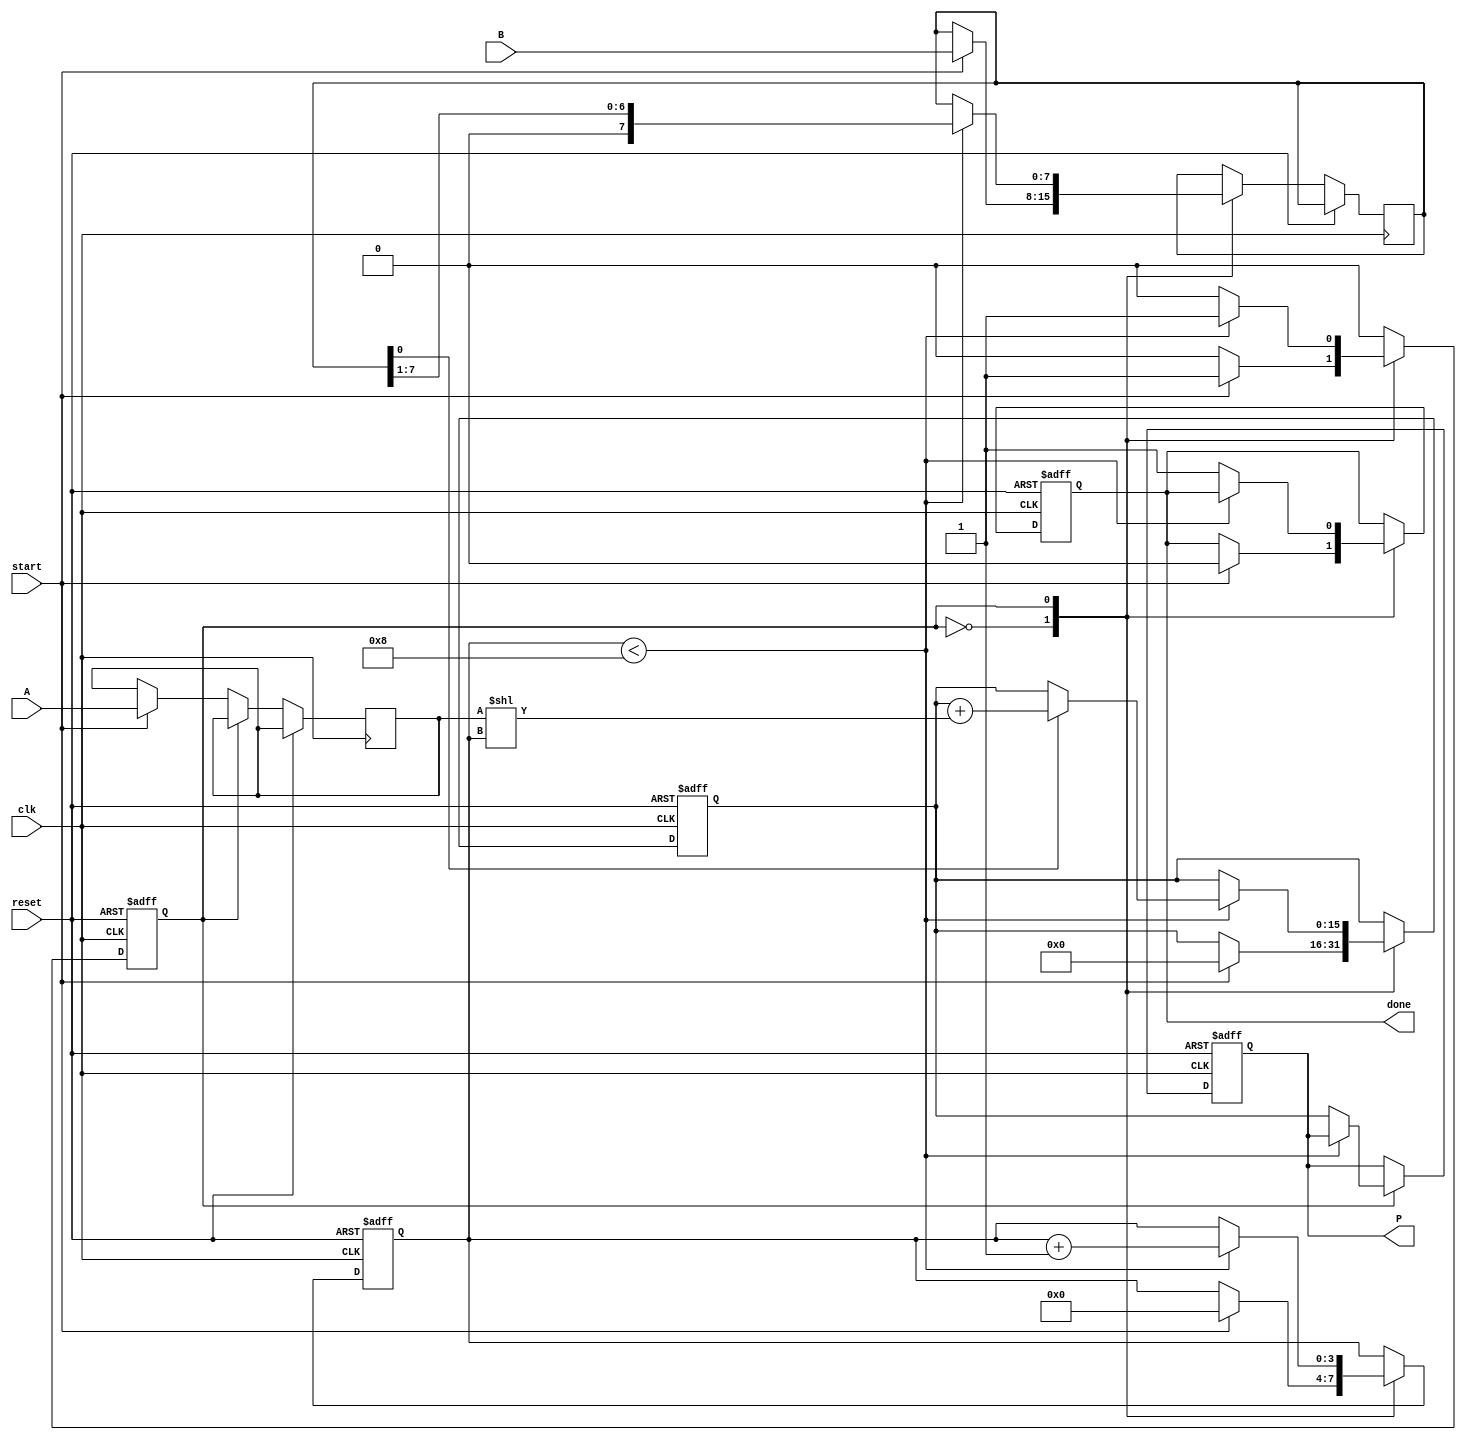
module radix2_multiplier #(parameter N = 8) (
    input wire [N-1:0] A,      // Multiplicand
    input wire [N-1:0] B,      // Multiplier
    input wire start,           // Start signal for multiplication
    input wire clk,             // Clock signal
    input wire reset,           // Reset signal
    output reg [2*N-1:0] P,     // Product output
    output reg done             // Done signal
);

    reg [N-1:0] multiplicand;
    reg [N-1:0] multiplier;
    reg [2*N-1:0] product;
    reg [3:0] count;            // Counter for the number of bits processed
    reg state;                  // State variable for FSM

    localparam IDLE = 1'b0;
    localparam RUN  = 1'b1;

    always @(posedge clk or posedge reset) begin
        if (reset) begin
            P <= 0;
            product <= 0;
            count <= 0;
            done <= 0;
            state <= IDLE;
        end else begin
            case (state)
                IDLE: begin
                    if (start) begin
                        multiplicand <= A;
                        multiplier <= B;
                        product <= 0;
                        count <= 0;
                        done <= 0;
                        state <= RUN;
                    end
                end

                RUN: begin
                    if (count < N) begin
                        if (multiplier[0] == 1) begin
                            product <= product + (multiplicand << count); // Add shifted multiplicand
                        end
                        multiplier <= multiplier >> 1; // Shift multiplier right
                        count <= count + 1; // Increment count
                    end else begin
                        P <= product; // Store final product
                        done <= 1;    // Set done signal
                        state <= IDLE; // Go back to IDLE state
                    end
                end
            endcase
        end
    end
endmodule